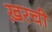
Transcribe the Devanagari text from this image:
ख़रची